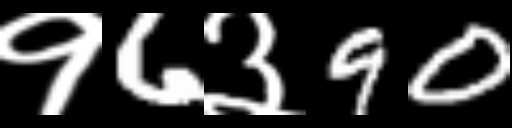
Text: १6३90